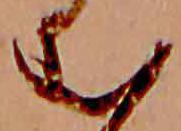
む